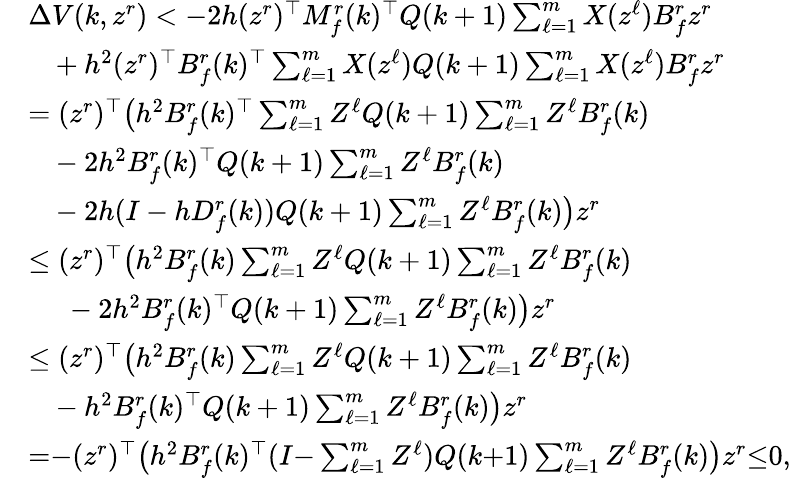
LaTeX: \begin{array}{rl}&{\Delta V(k,z^{r})<-2h(z^{r})^{\top}M_{f}^{r}(k)^{\top}Q(k+1)\textstyle\sum_{\ell=1}^{m}X(z^{\ell})B_{f}^{r}z^{r}}\\ &{~~~+h^{2}(z^{r})^{\top}B_{f}^{r}(k)^{\top}\textstyle\sum_{\ell=1}^{m}X(z^{\ell})Q(k+1)\textstyle\sum_{\ell=1}^{m}X(z^{\ell})B_{f}^{r}z^{r}}\\ &{=(z^{r})^{\top}\big(h^{2}B_{f}^{r}(k)^{\top}\textstyle\sum_{\ell=1}^{m}Z^{\ell}Q(k+1)\textstyle\sum_{\ell=1}^{m}Z^{\ell}B_{f}^{r}(k)}\\ &{~~~-2h^{2}B_{f}^{r}(k)^{\top}Q(k+1)\textstyle\sum_{\ell=1}^{m}Z^{\ell}B_{f}^{r}(k)}\\ &{~~~-2h(I-hD_{f}^{r}(k))Q(k+1)\textstyle\sum_{\ell=1}^{m}Z^{\ell}B_{f}^{r}(k)\big)z^{r}}\\ &{\leq(z^{r})^{\top}\big(h^{2}B_{f}^{r}(k)\textstyle\sum_{\ell=1}^{m}Z^{\ell}Q(k+1)\textstyle\sum_{\ell=1}^{m}Z^{\ell}B_{f}^{r}(k)}\\ &{~~~~~-2h^{2}B_{f}^{r}(k)^{\top}Q(k+1)\textstyle\sum_{\ell=1}^{m}Z^{\ell}B_{f}^{r}(k)\big)z^{r}}\\ &{\leq(z^{r})^{\top}\big(h^{2}B_{f}^{r}(k)\textstyle\sum_{\ell=1}^{m}Z^{\ell}Q(k+1)\textstyle\sum_{\ell=1}^{m}Z^{\ell}B_{f}^{r}(k)}\\ &{~~~-h^{2}B_{f}^{r}(k)^{\top}Q(k+1)\textstyle\sum_{\ell=1}^{m}Z^{\ell}B_{f}^{r}(k)\big)z^{r}}\\ &{{=}{-}(z^{r})^{\top}\big(h^{2}B_{f}^{r}(k)^{\top}(I{-}\textstyle\sum_{\ell=1}^{m}Z^{\ell})Q(k{+}1)\textstyle\sum_{\ell{=}1}^{m}Z^{\ell}B_{f}^{r}(k)\big)z^{r}{\leq}0,}\end{array}